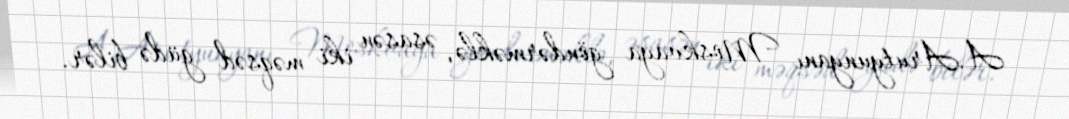
A.Arutyunyanı Moskvaya göndərməklə, əsasən iki məqsəd güdə bilər.